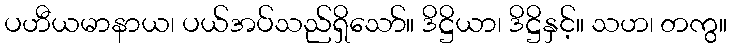
ပဟီယမာနာယ၊ ပယ်အပ်သည်ရှိသော်။ ဒိဋ္ဌိယာ၊ ဒိဋ္ဌိနှင့်။ သဟ၊ တကွ။